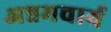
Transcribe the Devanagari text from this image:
अन्नमचार्य